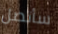
سأتصل